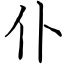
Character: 仆